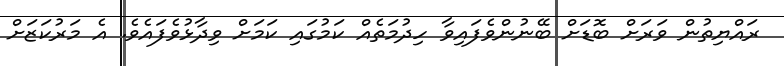
ރައްޔިތުން ވަރަށް ބޮޑަށް ބޭނުންވެފައިވާ ހިދުމަތެއް ކަމުގައި ކަމަށް ވިދާޅުވެފައެވެ. އެ މަރުކަޒަށް